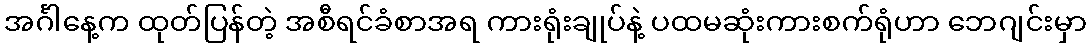
အင်္ဂါနေ့က ထုတ်ပြန်တဲ့ အစီရင်ခံစာအရ ကားရုံးချုပ်နဲ့ ပထမဆုံးကားစက်ရုံဟာ ဘေဂျင်းမှာ